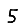
Digit: 5